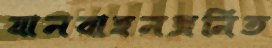
যানবাহনজনিত